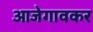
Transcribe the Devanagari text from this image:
आजेगावकर